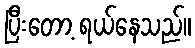
ပြီးတော့ ရယ်နေသည်။